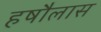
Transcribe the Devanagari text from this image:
हषौलास